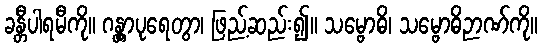
ခန္တီပါရမီကို။ ဂန္တွာပုရေတွာ၊ ဖြည့်ဆည်း၍။ သမ္ဗောဓိ၊ သမ္ဗောဓိဉာဏ်ကို။